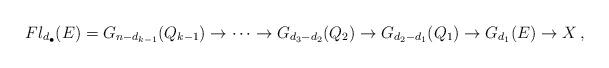
LaTeX: \begin{align*}Fl_{d_{\bullet}}(E)=G_{n-d_{k-1}}(Q_{k-1})\to \cdots \to G_{d_3-d_2}(Q_2) \to G_{d_2-d_1}(Q_1)\to G_{d_1}(E)\to X\,,\end{align*}